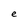
Character: e